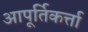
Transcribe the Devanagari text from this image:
आपूर्तिकर्त्ता